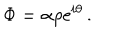
\Phi = \alpha \rho \mathrm { e } ^ { i \theta } \, .